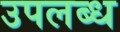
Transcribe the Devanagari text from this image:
उपलब्ध्‍ा